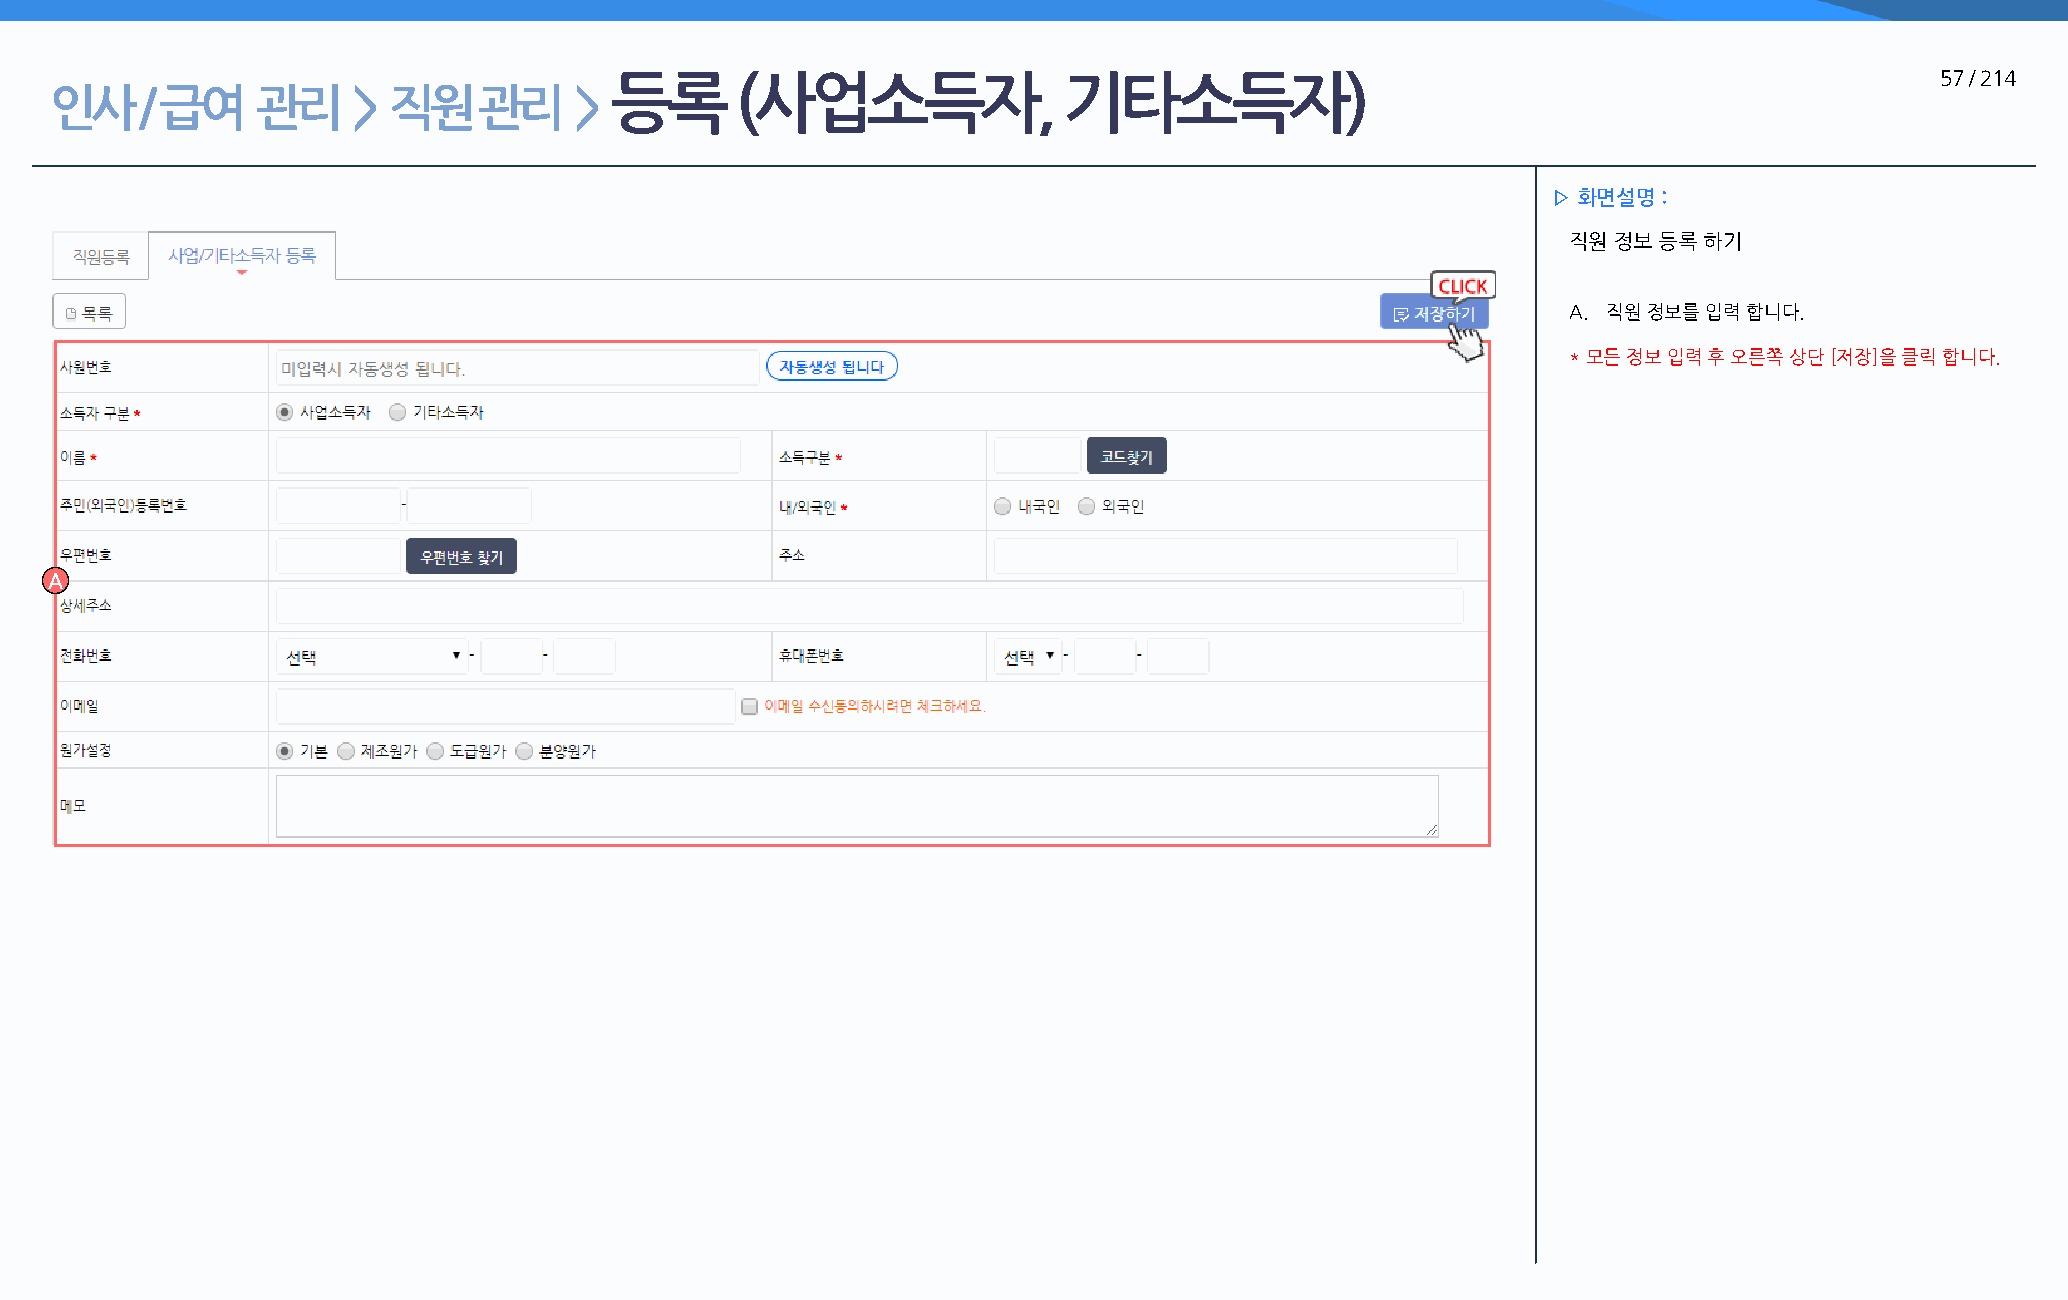
등록       (사업소득자,              기타소득자)                                                    57 / 214
 인사    / 급여    관리    >  직원    관리    >
 ▷ 화면설명 :
 직원 정보 등록 하기
 A. 직원 정보를 입력 합니다.
 * 모든 정보 입력 후 오른쪽 상단 [저장]을 클릭 합니다.
 A